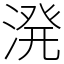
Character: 溌